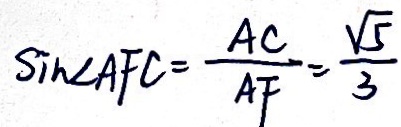
\sin \angle A F C = \frac { A C } { A F } = \frac { \sqrt { 5 } } { 3 }